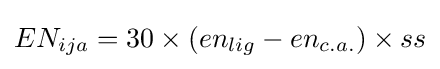
EN_{ija}=30\times (en_{lig}-en_{c.a.})\times ss